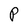
Character: P